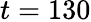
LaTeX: t=130